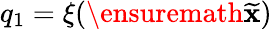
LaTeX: q_{1}=\xi(\ensuremath{{\widetilde{\mathbf{x}}}})